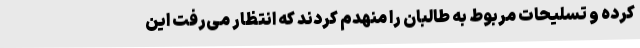
کرده و تسلیحات مربوط به طالبان را منهدم کردند که انتظار می‌رفت این